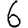
Digit: 6